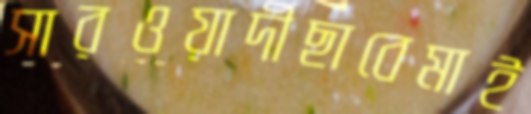
সারওয়ার্দীছাবেমাই